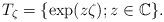
LaTeX: \begin{align*}T_{\zeta}=\{ \exp(z\zeta) ; z\in \mathbb{C} \}.\end{align*}